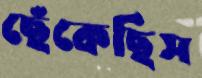
ছেঁকেছিস